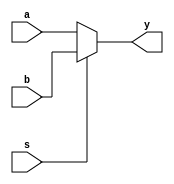
//WIDTH
// mux2 #(.WITDH(1)) dut(a, b, s, y);
module mux2 #(parameter WITDH = 8) (a, b, s, y);

input s;
input [WITDH - 1:0] a, b;
output [WITDH - 1:0] y;

assign y = (s == 0) ? a : b;

endmodule